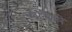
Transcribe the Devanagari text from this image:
चढानेवाले